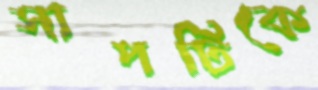
সাপটিকে